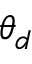
\theta _ { d }